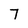
Character: 7